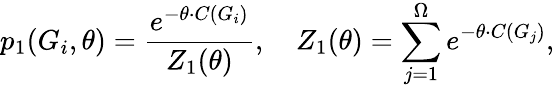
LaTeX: p_{1}(G_{i},\theta)=\frac{e^{-\theta\cdot C(G_{i})}}{Z_{1}(\theta)},\quad Z_{1}(\theta)=\sum_{j=1}^{\Omega}e^{-\theta\cdot C(G_{j})},